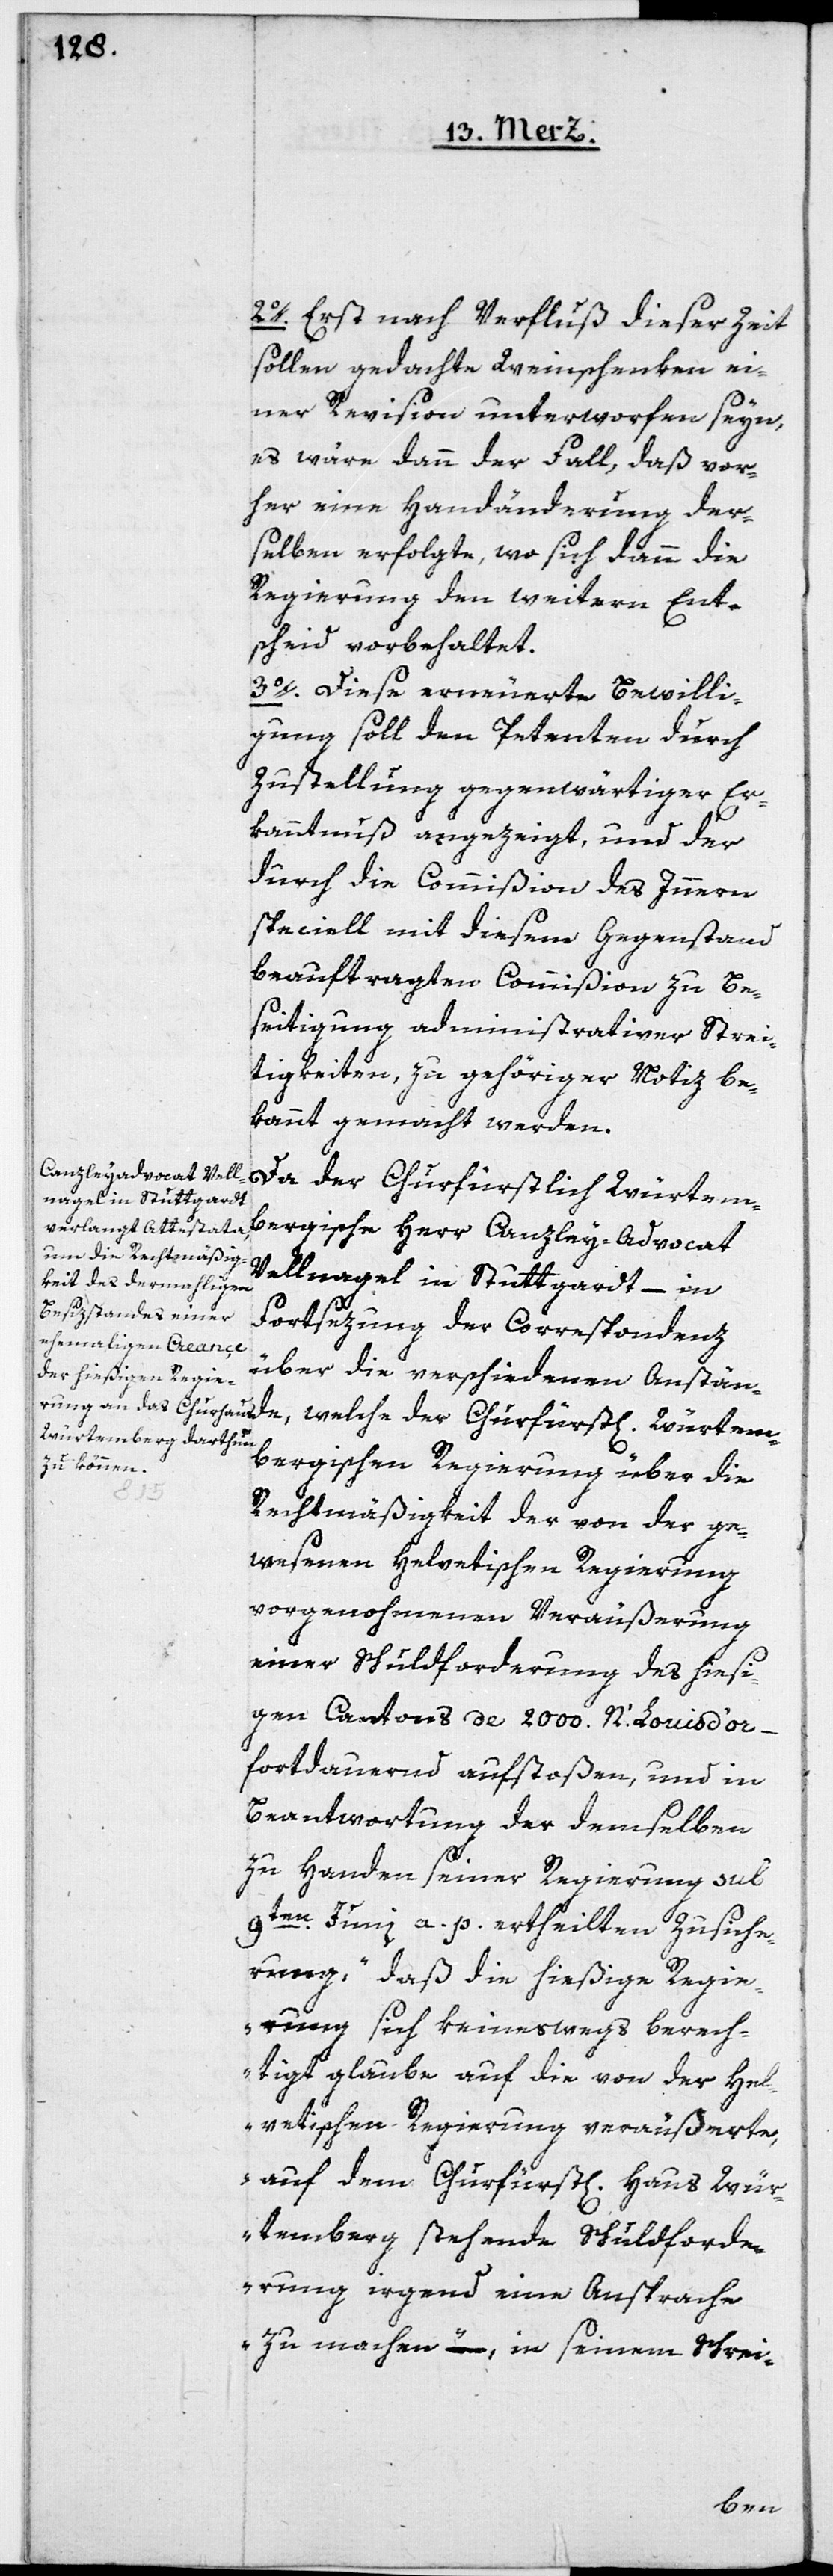
2o. Erst nach Verfluß dieser Zeit
sollen gedachte Weinschenken ei¬
ner Revision unterworfen seyn,
es wäre dann der Fall, daß vor¬
her eine Handänderung der¬
selben erfolgte, wo sich dann die
Regierung den weitern Ent¬
scheid vorbehaltet.
3o. Diese erneuerte Bewilli¬
gung soll den Petenten durch
Zustellung gegenwärtiger Er¬
kanntnuß angezeigt, und der
durch die Commißion des Innern
speciell mit diesem Gegenstand
beauftragten Commißion zu Be¬
seitigung administrativer Strei¬
tigkeiten, zu gehöriger Notiz be¬
kannt gemacht werden.
Da der Churfürstlich Würtem¬
bergische Herr Canzley-Advocat
Vellnagel in Stuttgardt, – in
Fortsezung der Correspondenz
über die verschiedenen Anstän¬
de, welche der Churfüst[lichen] Würtem¬
bergischen Regierung über die
Rechtmäßigkeit der von der ge¬
wesenen Helvetischen Regierung
vorgenommenen Veräusserung
einer Schuldforderung des hießi¬
gen Cantons de 2000. N’Louis d’or
fortdauernd aufstoßen, und in
Beantwortung der demselben
zu Handen seiner Regierung sub
9ten Juni a. p. ertheilten Zusiche¬
rung, „daß die hießige Regie¬
rung sich keineswegs berech¬
tigt glaube auf die von der Hel¬
vetischen Regierung veräußerte,
auf dem Churfürst[lichen] Haus Wür¬
temberg stehende Schuldforde¬
rung irgend eine Ansprache
zu machen“, in seinem Schrei-